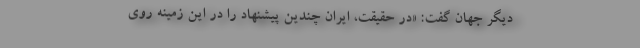
دیگر جهان گفت: «در حقیقت، ایران چندین پیشنهاد را در این زمینه روی